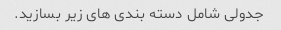
جدولی شامل دسته بندی های زیر بسازید.